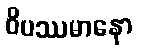
ဝိပဿမာနော